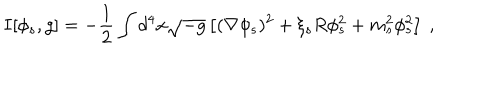
LaTeX: I [ \phi _ { s } , g ] = - \frac 1 2 \int d ^ { 4 } x \sqrt { - g } \left[ ( \nabla \phi _ { s } ) ^ { 2 } + \xi _ { s } R \phi _ { s } ^ { 2 } + m _ { s } ^ { 2 } \phi _ { s } ^ { 2 } \right] ~ ,